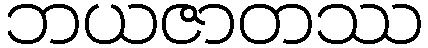
ဘယဇာတဿ